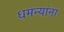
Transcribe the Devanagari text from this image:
धमन्यांना